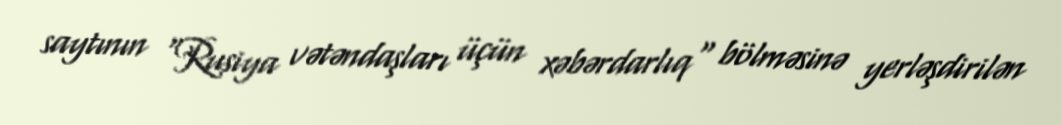
saytının "Rusiya vətəndaşları üçün xəbərdarlıq" bölməsinə yerləşdirilən